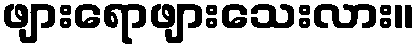
ဖျားရောဖျားသေးလား။